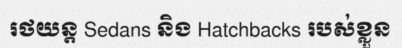
រថយន្ត Sedans និង Hatchbacks របស់ខ្លួន